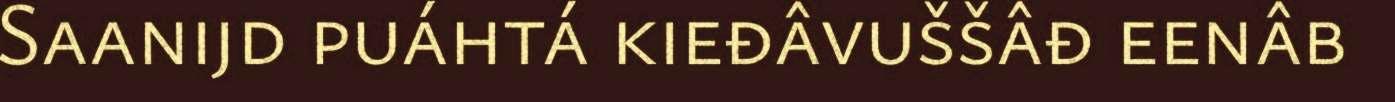
Saanijd puáhtá kieđâvuššâđ eenâb